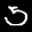
Label: 5